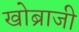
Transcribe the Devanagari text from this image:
खोब्राजी